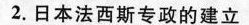
2.日本法西斯专政的建立